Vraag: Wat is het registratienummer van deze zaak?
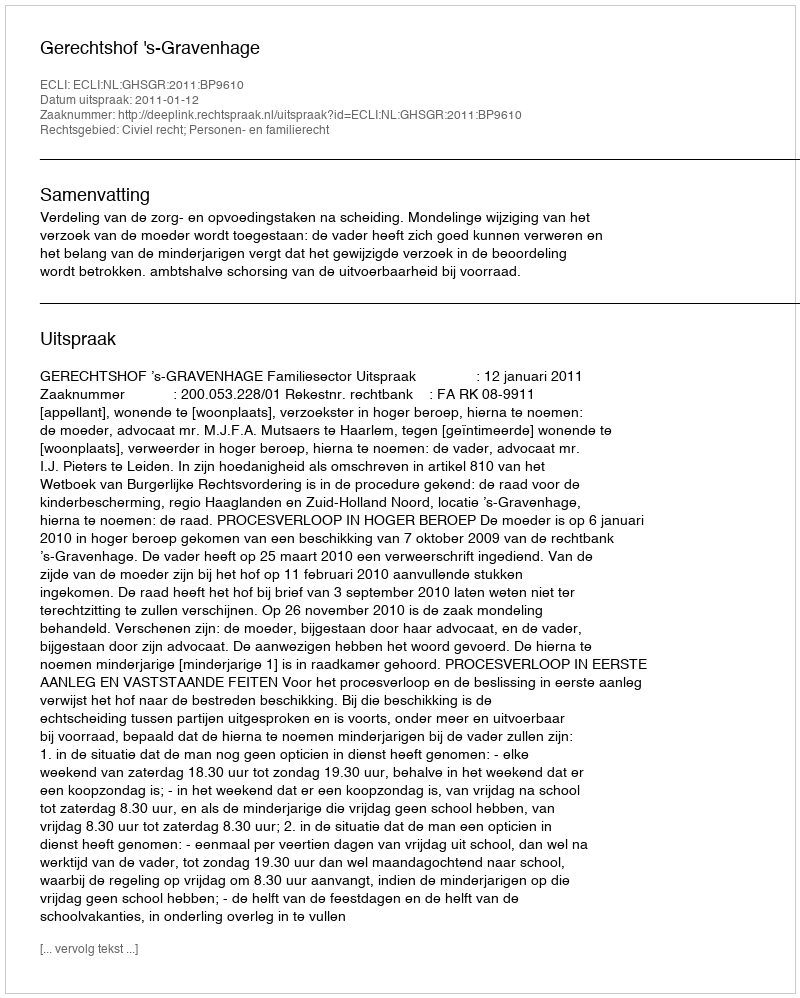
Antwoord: http://deeplink.rechtspraak.nl/uitspraak?id=ECLI:NL:GHSGR:2011:BP9610